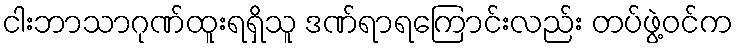
ငါးဘာသာဂုဏ်ထူးရရှိသူ ဒဏ်ရာရကြောင်းလည်း တပ်ဖွဲ့ဝင်က